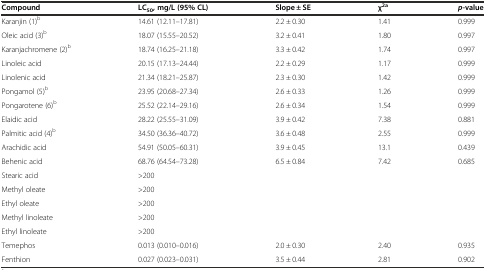
| Compound | LC50, mg/L (95% CL) | Slope ± SE | χ2a | p-value |
 | --- | --- | --- | --- | --- |
 | Karanjin (1)b | 14.61 (12.11–17.81) | 2.2 ± 0.30 | 1.41 | 0.999 |
 | Oleic acid (3)b | 18.07 (15.55–20.52) | 3.2 ± 0.41 | 1.80 | 0.997 |
 | Karanjachromene (2)b | 18.74 (16.25–21.18) | 3.3 ± 0.42 | 1.74 | 0.997 |
 | Linoleic acid | 20.15 (17.13–24.44) | 2.2 ± 0.29 | 1.17 | 0.999 |
 | Linolenic acid | 21.34 (18.21–25.87) | 2.3 ± 0.30 | 1.42 | 0.999 |
 | Pongamol (5)b | 23.95 (20.68–27.34) | 2.6 ± 0.33 | 1.26 | 0.999 |
 | Pongarotene (6)b | 25.52 (22.14–29.16) | 2.6 ± 0.34 | 1.54 | 0.999 |
 | Elaidic acid | 28.22 (25.55–31.09) | 3.9 ± 0.42 | 7.38 | 0.881 |
 | Palmitic acid (4)b | 34.50 (36.36–40.72) | 3.6 ± 0.48 | 2.55 | 0.999 |
 | Arachidic acid | 54.91 (50.05–60.31) | 3.9 ± 0.45 | 13.1 | 0.439 |
 | Behenic acid | 68.76 (64.54–73.28) | 6.5 ± 0.84 | 7.42 | 0.685 |
 | Stearic acid | >200 |  |  |  |
 | Methyl oleate | >200 |  |  |  |
 | Ethyl oleate | >200 |  |  |  |
 | Methyl linoleate | >200 |  |  |  |
 | Ethyl linoleate | >200 |  |  |  |
 | Temephos | 0.013 (0.010–0.016) | 2.0 ± 0.30 | 2.40 | 0.935 |
 | Fenthion | 0.027 (0.023–0.031) | 3.5 ± 0.44 | 2.81 | 0.902 |